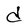
Character: d